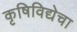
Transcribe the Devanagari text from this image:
कृषिविद्येचा